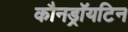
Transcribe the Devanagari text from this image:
कौनड्रॉयटिन